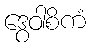
ဒွေဝါစိကံ